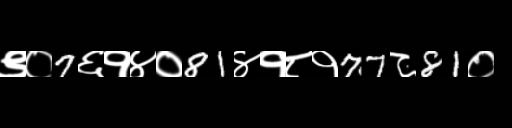
Text: ९०7६१४०81४१८१77८81०